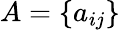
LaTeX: A=\{ a_{ij}\}